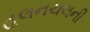
હલનચલની